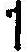
1